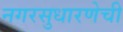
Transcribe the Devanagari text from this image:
नगरसुधारणेची